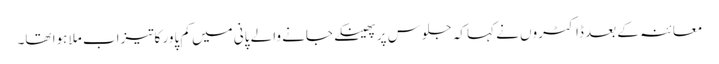
معائنہ کے بعد ڈاکٹروں نے کہا کہ جلوس پر پھینکے جانے والے پانی میں کم پاور کاتیزاب ملا ہوا تھا۔